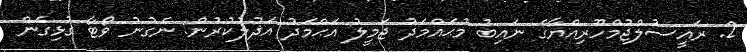
2. ރައީސުލްޖުމްހޫރިއްޔާގެ ނައިބު މުޙައްމަދު ޖަމީލު އަޙްމަދު އަޛުލުކުރުން: ނެގުނު ވޯޓާ ގުޅިގެން